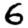
Digit: 6